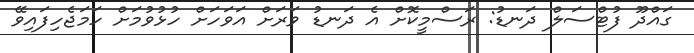
ގައްދޫ ފުޓްސަލް ދަނޑު: ރަސްމީކޮށް އެ ދަނޑު ވަރަށް އަވަހަށް ހުޅުވުމަށް ހަމަޖެހިފައިވޭ